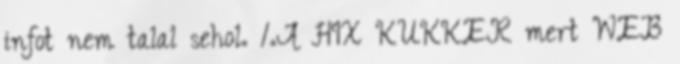
infot nem talal sehol. 1.A HIX KUKKER mert WEB